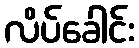
လိပ်ခေါင်း